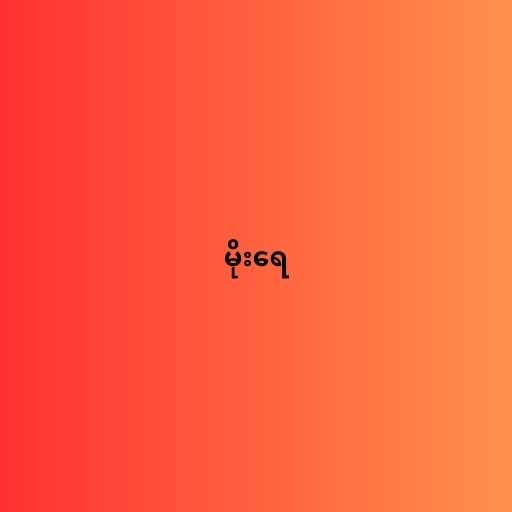
မိုးရေ